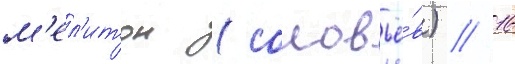
м'ел'итон (соловьё́в) // 16